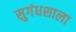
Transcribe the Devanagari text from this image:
सुगंधशाला